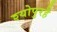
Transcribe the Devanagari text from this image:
श्योपुरहै